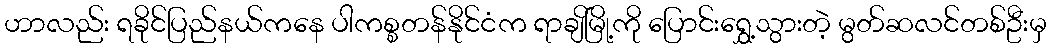
ဟာလည်း ရခိုင်ပြည်နယ်ကနေ ပါကစ္စတန်နိုင်ငံက ရာချိမြို့ကို ပြောင်းရွှေ့သွားတဲ့ မွတ်ဆလင်တစ်ဦးမှ